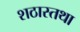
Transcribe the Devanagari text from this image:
शठास्तथा